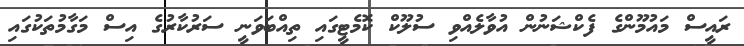
ރައީސް މައުމޫންގެ ފެކްޝަނުން އުވާލެއްވި ސުލޫކް ކޮމެޓީގައި ތިއްބަވަނީ ސަރުކާރުގެ އިސް މަގާމުތަކުގައި